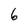
Character: 6